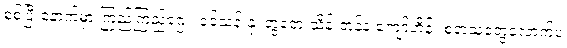
စစ်ပြီးနောက်မှာ ကြည်ကြည်ဌေး၊ ခင်သန်းနု၊ တွံတေးသိန်းတန်နဲ့ ကျော်ဟိန်း စတဲ့သူတွေလောက်ပဲ